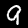
Digit: 9